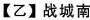
【乙】战城南